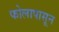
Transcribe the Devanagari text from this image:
फोलापासून